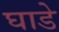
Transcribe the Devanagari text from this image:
घाडे